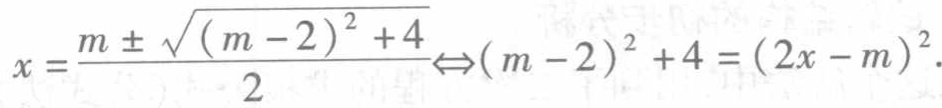
$x = \frac{m \pm \sqrt{(m - 2)^2 + 4}}{2} \Leftrightarrow (m - 2)^2 + 4 = (2x - m)^2$.